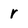
Character: r